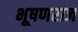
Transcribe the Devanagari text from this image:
भूषणराज